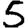
Digit: 5